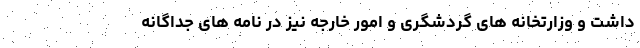
داشت و وزارتخانه های گردشگری و امور خارجه نیز در نامه های جداگانه